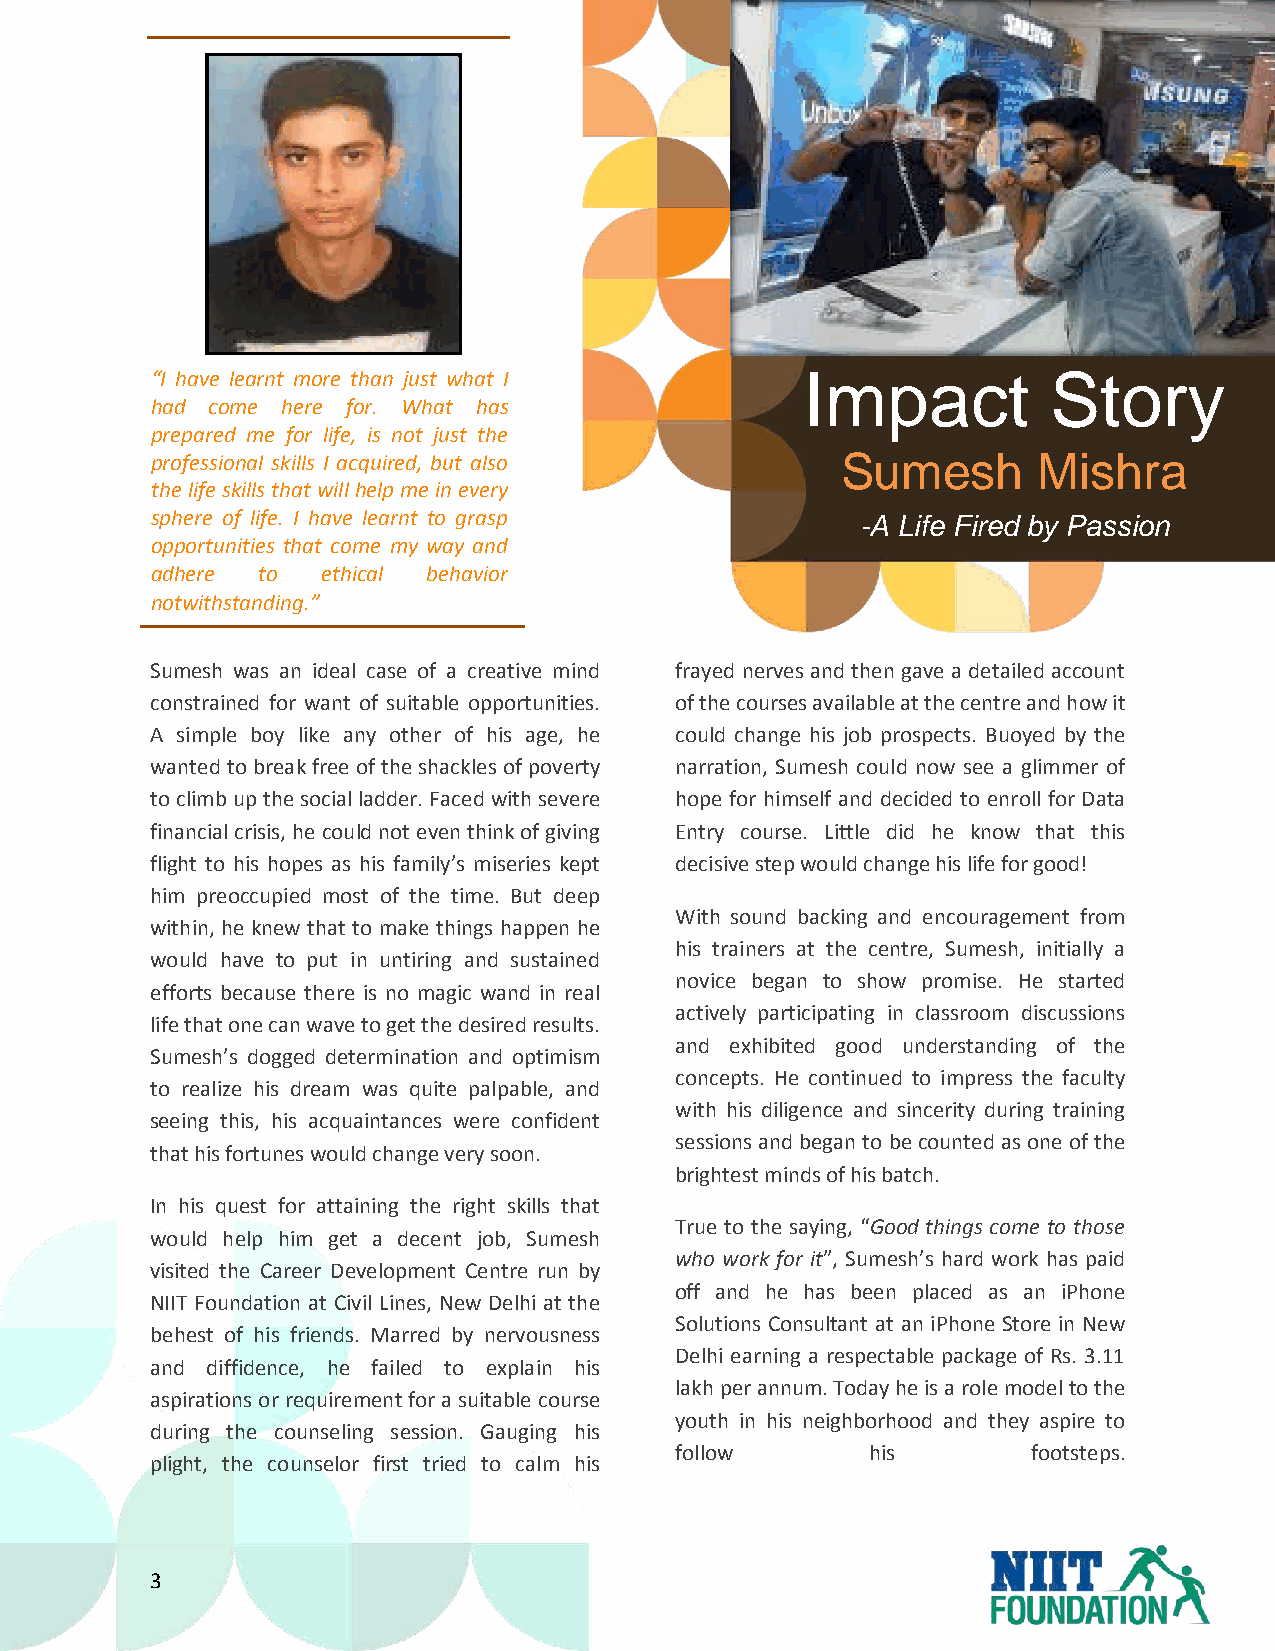
“I have learnt more than just what I       Impact           Story
 had come here for. What has
 prepared me for life, is not just the
 professional skills I acquired, but also      Sumesh       Mishra
 the life skills that will help me in every
 sphere of life. I have learnt to grasp         -A Life Fired by Passion
 opportunities that come my way and
 adhere to  ethical behavior
 notwithstanding.”
 Sumesh was an ideal case of a creative mind frayed nerves and then gave a detailed account
 constrained for want of suitable opportunities. of the courses available at the centre and how it
 A simple boy like any other of his age, he could change his job prospects. Buoyed by the
 wanted to break free of the shackles of poverty narration, Sumesh could now see a glimmer of
 to climb up the social ladder. Faced with severe hope for himself and decided to enroll for Data
 financial crisis, he could not even think of giving Entry course. Little did he know that this
 flight to his hopes as his family’s miseries kept decisive step would change his life for good!
 him preoccupied most of the time. But deep
 With sound backing and encouragement from
 within, he knew that to make things happen he
 his trainers at the centre, Sumesh, initially a
 would have to put in untiring and sustained
 novice began to show promise. He started
 efforts because there is no magic wand in real
 actively participating in classroom discussions
 life that one can wave to get the desired results.
 and exhibited good understanding of the
 Sumesh’s dogged determination and optimism
 concepts. He continued to impress the faculty
 to realize his dream was quite palpable, and
 with his diligence and sincerity during training
 seeing this, his acquaintances were confident
 sessions and began to be counted as one of the
 that his fortunes would change very soon.
 brightest minds of his batch.
 In his quest for attaining the right skills that
 True to the saying, “Good things come to those
 would help him get a decent job, Sumesh
 who work for it”, Sumesh’s hard work has paid
 visited the Career Development Centre run by
 off and he has been placed as an iPhone
 NIIT Foundation at Civil Lines, New Delhi at the
 Solutions Consultant at an iPhone Store in New
 behest of his friends. Marred by nervousness
 Delhi earning a respectable package of Rs. 3.11
 and diffidence, he failed to explain his
 lakh per annum. Today he is a role model to the
 aspirations or requirement for a suitable course
 youth in his neighborhood and they aspire to
 during the counseling session. Gauging his
 follow       his       footsteps.
 plight, the counselor first tried to calm his
 3